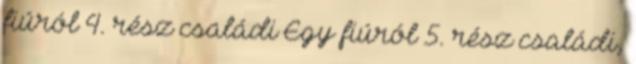
fiúról 4. rész családi Egy fiúról 5. rész családi,